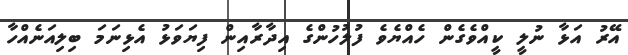
އޭރު އަޅާ ނުލީ ކީއްވެގެން ހެއްޔެވެ ފުލުހުންގެ އިދާރާއިން ފިޔަވަޅު އެޅިނަމަ ބިލިއަނެއްހާ